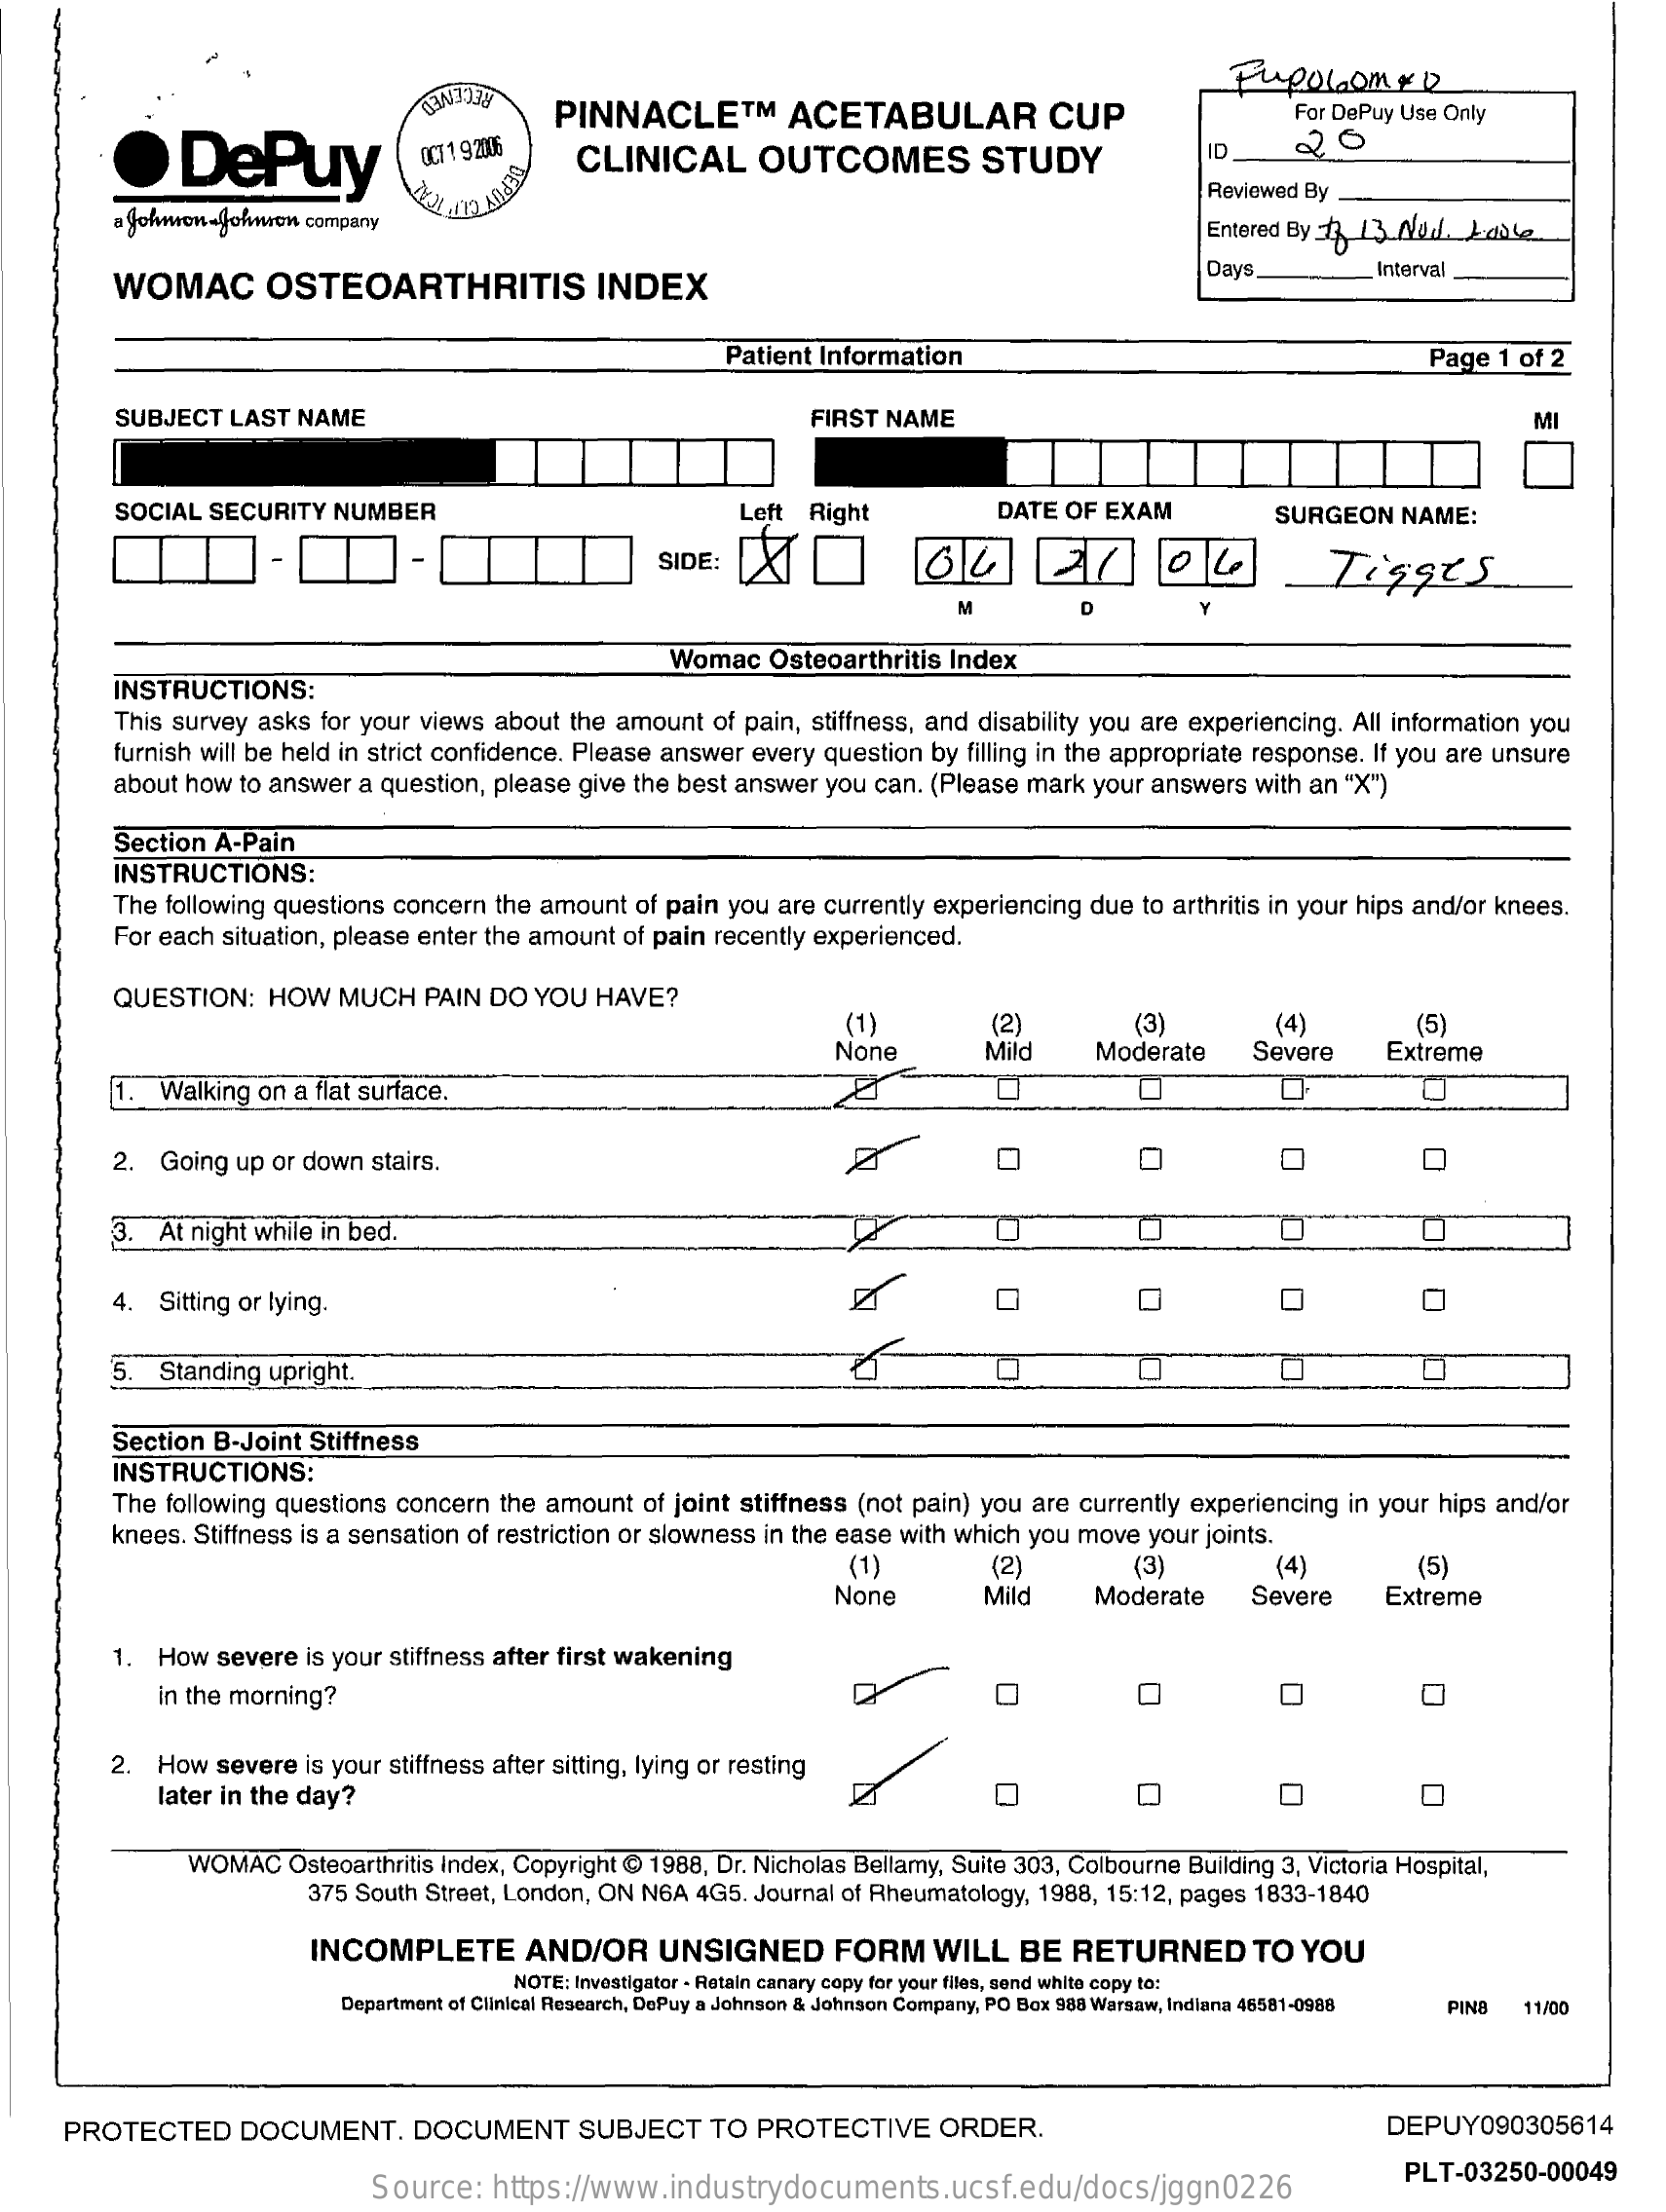
.    DePuy
     PINNACLE    ™   ACETABULAR    CUP
     Pupolaom    # 12
     For DePuy Use Only
     OCT 1 9:2006 CLINICAL    OUTCOMES    STUDY    ID
     DEPT    Reviewed By .
     a Johmon-Johnson company    Entered By t 13 Nul. Lable
     WOMAC    OSTEOARTHRITIS    INDEX
     Days    Interval
     Patient Information    Page 1 of 2
     SUBJECT LAST NAME    FIRST NAME    MI
     SOCIAL SECURITY NUMBER    Left Right    DATE OF EXAM    SURGEON  NAME:
     SIDE:    Tigges
     M    D
     Womac  Osteoarthritis Index
     INSTRUCTIONS:
     This survey asks for your views about the amount of pain, stiffness, and disability you are experiencing. All information you
     furnish will be held in strict confidence. Please answer every question by filling in the appropriate response. If you are unsure
     about how to answer a question, please give the best answer you can. (Please mark your answers with an "X")
     Section A-Pain
     INSTRUCTIONS:
     The following questions concern the amount of pain you are currently experiencing due to arthritis in your hips and/or knees.
     For each situation, please enter the amount of pain recently experienced.
     QUESTION:  HOW  MUCH   PAIN DO YOU HAVE?
     (1)    (2)
     None    Mild
     (3)    (4)    (5)
     Moderate    Severe    Extreme
     1. Walking on a flat surface.
     2. Going up or down stairs.    O    O
     3. At night while in bed.    O
     4. Sitting or lying.
     '5. Standing upright.
     Section B-Joint Stiffness
     INSTRUCTIONS:
     The following questions concern the amount of joint stiffness (not pain) you are currently experiencing in your hips and/or
     knees. Stiffness is a sensation of restriction or slowness in the ease with which you move your joints.
     (1)    (2)    (3)    (4)    (5)
     None    Mild    Moderate    Severe   Extreme
     1. How severe is your stiffness after first wakening
     in the morning?    O    O    O O
     2. How severe is your stiffness after sitting, lying or resting
     later in the day?    0
     WOMAC   Osteoarthritis Index, Copyright @ 1988, Dr. Nicholas Bellamy, Suite 303, Colbourne Building 3, Victoria Hospital,
     375 South Street, London, ON N6A 4G5. Journal of Rheumatology, 1988, 15:12, pages 1833-1840
     INCOMPLETE    AND/OR    UNSIGNED    FORM    WILL  BE  RETURNED    TO YOU
     NOTE: Investigator - Retain canary copy for your files, send white copy to:
     Department of Clinical Research, DePuy a Johnson & Johnson Company, PO Box 988 Warsaw, Indiana 46581-0988 PIN8 11/00
     PROTECTED    DOCUMENT.    DOCUMENT    SUBJECT   TO PROTECTIVE    ORDER.    DEPUY090305614
     Source:  https://www.industrydocuments.ucsf.edu/docs/jggn0226
     PLT-03250-00049